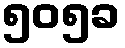
၅၀၅ခ